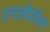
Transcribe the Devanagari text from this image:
एनओसीला